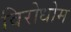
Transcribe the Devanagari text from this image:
विरोधोम